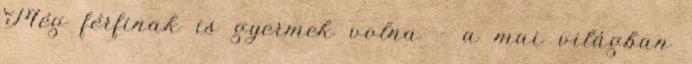
Még férfinak is gyermek volna - a mai világban